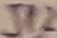
Text: JP1